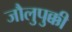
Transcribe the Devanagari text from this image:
जौलुपुक्की